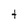
Character: t